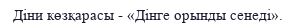
Діни көзқарасы - «Дінге орынды сенеді».